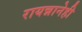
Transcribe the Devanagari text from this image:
रायन्नानेही